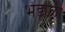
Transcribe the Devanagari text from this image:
भेंडोळी